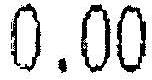
0.00